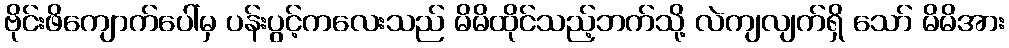
ဗိုင်းဖိကျောက်ပေါ်မှ ပန်းပွင့်ကလေးသည် မိမိထိုင်သည့်ဘက်သို့ လဲကျလျက်ရှိ သော် မိမိအား